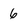
Character: 6